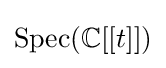
{\text{Spec}}(\mathbb {C} [[t]])